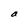
Character: a